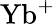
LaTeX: {\mathrm{Yb}}^{+}